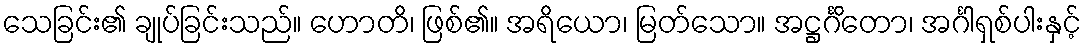
သေခြင်း၏ ချုပ်ခြင်းသည်။ ဟောတိ၊ ဖြစ်၏။ အရိယော၊ မြတ်သော။ အဋ္ဌင်္ဂိတော၊ အင်္ဂါရှစ်ပါးနှင့်